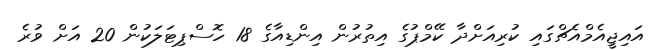
އައިޖީއެމްއެޗްގައި ކުރިއަށްދާ ކޭމްޕުގެ އިތުރުން އިންޑިއާގެ 18 ހޮސްޕިޓަލަކުން 20 އަށް ވުރެ